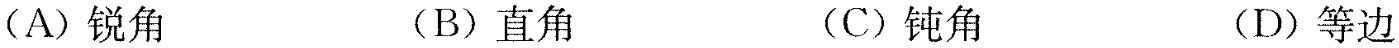
(A)锐角 (B)直角 (C)钝角 (D)等边